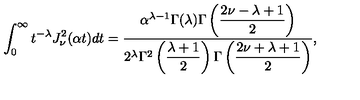
\int _ { 0 } ^ { \infty } t ^ { - \lambda } J _ { \nu } ^ { 2 } ( \alpha t ) d t = \frac { \alpha ^ { \lambda - 1 } \Gamma ( \lambda ) \Gamma \left( \displaystyle { \frac { 2 \nu - \lambda + 1 } { 2 } } \right) } { 2 ^ { \lambda } \Gamma ^ { 2 } \left( \displaystyle { \frac { \lambda + 1 } { 2 } } \right) \Gamma \left( \displaystyle { \frac { 2 \nu + \lambda + 1 } { 2 } } \right) } ,